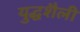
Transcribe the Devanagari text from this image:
युद्धशैली